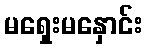
မရှေးမနှောင်း